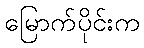
မြောက်ပိုင်းက